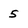
Character: 5